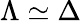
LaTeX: \Lambda\simeq\Delta